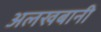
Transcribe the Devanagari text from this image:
अलखबानी